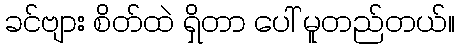
ခင်ဗျား စိတ်ထဲ ရှိတာ ပေါ် မူတည်တယ်။